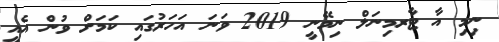
ނިމި އާ ޓާރމިނަލް ނިމޭނީ 2019 ވަނަ އަހަރުގައި ކަމަށް ވުން އެއީ